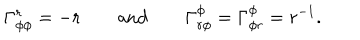
\Gamma _ { \phi \phi } ^ { r } = - r \qquad \mathrm { a n d } \qquad \Gamma _ { r \phi } ^ { \phi } = \Gamma _ { \phi r } ^ { \phi } = r ^ { - 1 } .